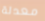
معدلة